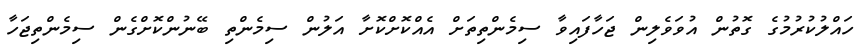
ހައްލުކުރުމުގެ ގޮތުން އުވަވެލިން ޖަހާފައިވާ ސިމެންތިތަށް އެއްކޮށްކޮށާ އަލުން ސިމެންތި ބޭނުންކޮށްގެން ސިމެންތިޖަހާ